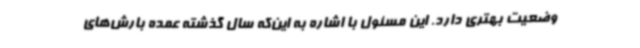
وضعیت بهتری دارد. این مسئول با اشاره به این‌که سال گذشته عمده بارش‌های